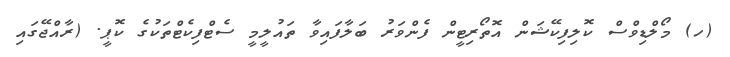
(ހ) މޯލްޑިވްސް ކޮލިފިކޭޝަން އޮތޯރިޓީން ފެންވަރު ބަލާފައިވާ ތައުލީމީ ސެޓްފިކެޓްތަކުގެ ކޮޕީ. (ރާއްޖޭގައި